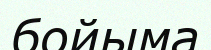
бойыма